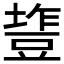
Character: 𰊰